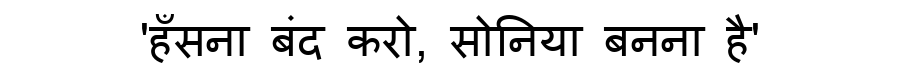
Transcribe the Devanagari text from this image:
'हँसना बंद करो, सोनिया बनना है'